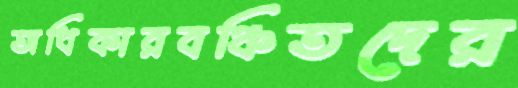
অধিকারবঞ্চিতদের